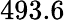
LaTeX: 493.6